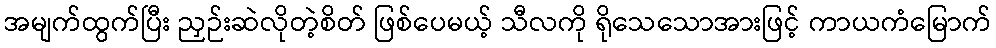
အမျက်ထွက်ပြီး ညှဉ်းဆဲလိုတဲ့စိတ် ဖြစ်ပေမယ့် သီလကို ရိုသေသောအားဖြင့် ကာယကံမြောက်